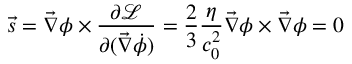
\vec { s } = \vec { \nabla } \phi \times \frac { \partial \mathcal { L } } { \partial ( \vec { \nabla } \dot { \phi } ) } = \frac 2 3 \frac { \eta } { c _ { 0 } ^ { 2 } } \vec { \nabla } \phi \times \vec { \nabla } \phi = 0